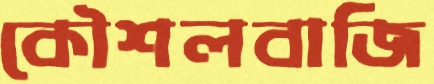
কৌশলবাজি